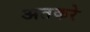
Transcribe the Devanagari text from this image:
अतकरे